Calcutta medical institutions reports 1892-1900
Year: 1892
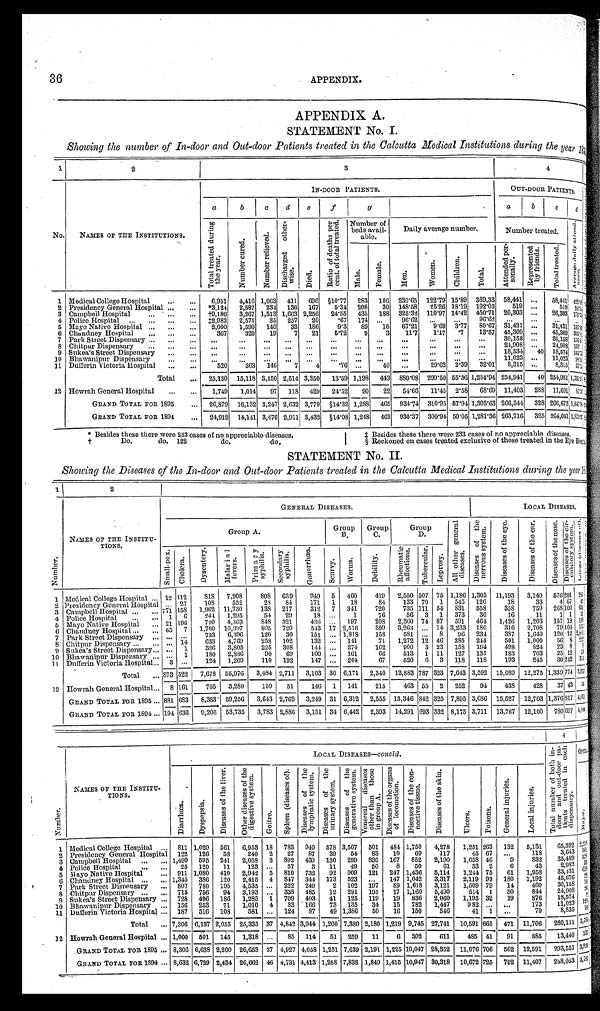
36
APPENDIX.
APPENDIX A.
STATEMENT No. I.
Showing the number of In-door and Out-door Patients treated in the Calcutta Medical Institutions during the year 18<illegible>
1
2
3
4
No.
NAMES OF THE INSTITUTIONS.
IN-DOOR PATIENTS.
OUT-DOOR PATIENTS.
a b
c
d
e
f
g
a b
c
d
T o t a l t r e a t e d d u r i n g t h e y e a r .
N u m b e r c u r e d .
N u m b e r r e l i e v e d .
D i s c h a r g e d o t h e r - w i s e .
D i e d .
R a t i o o f d e a t h s p e r c e n t . o f t o t a l t r e a t e d .
Number of
beds avail-
able.
Daily average number.
Number treated.
A v e r a g e d a i l y a t t e n d - a n c e .
M a l e .
F e m a l e .
M e n .
W o m e n .
C h i l d r e n .
T o t a l .
A t t e n d e d p e r - s o n a l l y .
R e p r e s e n t e d b y f r i e n d s .
T o t a l t r e a t e d .
1 Medical College Hospital . . .
6,951
4,416 1,063
411
696 §10.77
283
166
230.65
122.79 15.89
369.33 58,441
. . . 58,441 421. <i l l egi bl e>
2 Presidency General Hospital . . .
*3,124
2,587
234
136
167
5.34
208
30
148.58
25.26 18.19 192.03
519
. . .
519 26.54
3 Campbell Hospital . . .
†9,186
3,267 1,513 1,663 2,256
24.55
435
188
325.32 110.97 14.42 450.71
26,303
. . . 26,303 171.79
4 Police Hospital . . .
‡2,982
2,575
35
257
20
.67
174
. . .
96.62
. . . . . .
96. 62
. . .
. . .
. . .
. . .
5 Mayo Native Hospital . . .
2,000
1,590
140
33
186
9.3
89
67.21
80.67
16
9.69
3.77
31,431
31,431
. . .
1 9 7 . 8 < i l l e g i b l e >
6 Chandney Hospital . . .
367
320
19
7
21
5.72
9
3
11.7
1.17
.7
13.57
45,309
. . . 45,309 305.81
7 Park Street Dispensary . . .
. . .
. . .
. . .
. . .
. . .
. . .
. . .
. . .
. . .. . .
. . .
30,158
. . . 30,158
1 7 6 . 6
. . .
8 Chitpur Dispensary . . .
24,908
. . . 24,908
. . .
. . .
. . .
. . .
. . . . . .
. . .
. . .
. . .
. . .
. . .
. . . .
159.
9 Sukea's Street Dispensary . . .
. . .
. . .
. . .
. . .
. . .
. . .
. . .
. . .
. . .
. . .
. . .
. . .
18,534
40 18,574 145.73
10 Bhawanipur Dispensary . . .
11,023 . . .
. . . . . .
. . .
. . .
. . .
. . .
. . .
. . .
. . .
. . . . . . . . .
1 1 . 0 2 3
9 8 . < i l l e g i b l e >
11 Dufferin Victoria Hospital . . .
520
363
146
7
4
.76
. . .
40
. . .
29.62 2.39
32.01 8,315
. . .
8 , 3 1 5
5 7 . < i l l e g i b l e >
Total . . .
25,130
15,118 3,150 2,514 3,350
13.59 1,198
443
880.08 299.50 55.36 1,234.94 254,941
40 254,981
1 , 7 6 < i l l e g i b l e >
12 Howrah General Hospital . . .
1,749
1,014
97
118
429
24.52
90
22
54.66
11.45
2.58
68.69 11,403
288 11,691
8 7 . 3 < i l l e g i b l e
GRAND TOTAL FOR 1895 . . .
26,879
16,132 3,247 2,632 3,779
§14.32 1,288
465
934.74
310.95 57.94 1,303.63 266,344
328 266,672
1 , 8 4 7 . 9 4
GRAND TOTAL FOR 1894 . . .
24,912
14,141 3,476 2,911 3,432
§14.08 1,248
462
930.37 300.94 50.05 1,281.36 263,716
325 264,041
1 , 8 7 1 . 3 7
* Besides these there were 233 cases of no appreciable diseases.
† Do. do. 122 do. do.
‡ Besides these there were 233 cases of no appreciable diseases.
§ Reckoned on cases treated exclusive of those treated in the Eye Hospital.
STATEMENT No. II.
Showing the Diseases of the In-door and Out-door Patients treated in the Calcutta, Medical Institutions during the year 18<illegble>
1
2
N u m b e r .
NAMES OF THE INSTITU-
TIONS.
GENERAL DISEASES.
LOCAL DISEASES.
Group A.
Group
B.
Group C.
Group D.
A l l o t h e r g e n e r a l d i s e a s e s .
D i s e a s e s o f t h e n e r v o u s s y s t e m .
D i s e a s e s o f t h e e y e .
D i s e a s e s o f t h e e a r .
D i s e a s e s o f t h e n o s e .
D i s e a s e s o f t h e c i r - c u l a t o r y s y s t e m .
< i l l e g i b l e >
Sma l l - p o x .
C h o l e r a .
D y s e n t e r y .
M a l a r i a l f e v e r s .
P r i m a r y s y p h i l i s .
S e c o n d a r y s y p h i l i s .
G o n o r r h œ a .
S c u r v y .
W o r m s .
D e b i l i t y .
R h e u m a t i c a f f e c t i o n s .
T u b e r c u l a r .
L e p r o s y .
1 Medical College Hospital . . . 12 112
8 1 8 7,908
8 0 8 639
949
5
460
419
2,550 507 75 1,186 1,303 11,193
3,149
576
201 2 8 6
. . .
2 7
108
552
28
84
171
1
18
84
133 70
1
545
126
1 8
33
4 67 42
2 Presidency General Hospital
158
1,962 11,730
138
217
312
7
341
720
735
1 1 1 54 831
558
358
759
268100
6 3 1
771
3 Campbell Hospital . . .
1
6
244
1,295
54
29
18
. . .
1
76
56
3
1
373
30
16
1 1
1 1 51
4 Pol i ce Hospi t al . . .
21 196
790
4,369
848
321
436
. . .
197
208
2,360 74 87
591
464
1,426
1,203
157 19 116
5 Mayo Native Hospital . . .
65
7
1,700 10,997
805
720
543 17 2,516
309
3,263
. . . 14 3,233
186
316
2,708
79 104 155
6 Chandney Hospital . . .
7 Park Street Dispensary. . .
. . .
. . .
733
6,396
120
30
151
. . . 1,818
158
581
. . . 8
96 234
387
1,640
120 12
2 , 0 0 1
. . . 14
633
4,769
258
102
132
. . .
141
71
1,272 12 46 385
244
501
1,000
56 8
2 9 2
8 Chitpur Dispensary . . .
9 Sukea's Street Dispensary . . . . . .
1
386
3,805
225
308
144
. . . 274
162
900
3 23
158
194
498
824
23 8
9
10 Bhawanipur Dispensary . . . . . .
1
180
2,886
90
69
100
. . . 161
66
513
1 11
127
135
183
703
25 12 59
3
. . .
124
1,269
110
192
147
. . .
244
67
520
6
3
118
118
193
245
30 242 315
11 Dufferin Victoria Hospital . . .
Total . . . 873 522
7,678
55,976
3,484 2,711
3,103 30 6,171
2,340
12,883 787 323 7,643 3,592 15,089 12,275 1,339 774
3 , 9 5 7
12 Howrah General Hospital . . .
8
161
705
3,280
159
51
146
1
141
215
463 55
2
252
94
438
428
3 7
43
5 4
GRAND TOTAL FOR 1895 . . . 881 683
8,383
59,256
3,643 2,762
3,249 31 6,312
2,555 13,346 842 325 7,895 3,686 15,527
12,703 1,376 817 4,011
GRAND TOTAL FOR 1894 . . . 194 636
9,206 53,735
3,783 2,886
3,151 34 6,442
2,393
14,291 693 332 8,175 3,711
13,767
12,100
780 697
4 , 0 4 4
N u m b e r
NAMES OF THE INSTITU-
TIONS.
LOCAL DISEASES—c o n c l d .
T o t a l n u m b e r o f b o t h i n - d o o r a n d o u t - d o o r p a t i e n t s t r e a t e d i n e a c h d i s p e n s a r y .
OPE<i l l e gi bl e >
D i a r r h œ a .
D y s p e p s i a .
D i s e a s e s o f t h e l i v e r .
O t h e r d i s e a s e s o f t h e d i g e s t i v e s y s t e m .
G o i t r e .
S p l e e n ( d i s e a s e s o f ) . D i s e a s e s o f t h e l y m p h a t i c s y s t e m .
D i s e a s e s o f t h e u r i n a r y s y s t e m .
D i s e a s e s o f t h e g e n e r a t i v e s y s t e m .
V e n e r e a l d i s e a s e s o t h e r t h a n t h o s e i n g r o u p A .
D i s e a s e s o f t h e o r g a n s o f l o c o m o t i o n .
D i s e a s e s o f t h e c o n n e c t i v e t i s s u e .
D i s e a s e s o f t h e s k i n .
U l c e r s .
P o i s o n s .
G e n e r a l i n j u r i e s .
L o c a l i n j u r i e s .
M a j o r .
1 Medical College Hospital . . .
811 1,029
561
6,953 18
783
949
578 3,507
501
484 1,750
4,278
1,251 263
132
5,131
65,392
2 , 2 1 8
2 Presidency General Hospital
122
126
58
240
2
27
87
39
54
83
10
69
117
45 67
. . .
118
3,643
1 6 1
5 2 8
3 Campbell Hospital . . .
1,499
595
241
2,058
3
892
439
130
299
830
167
852
2,190
1,658 46
9
832
35,489
5 3
4 Police Hospital . . .
25
120
11
123
. . .
57
3
11
49
50
8
50
61
33
2
6
43
2,982
6 2 9
5 Mayo Native Hospital . . .
911 1,080
410
2,942
5
810
732
92
909
121
247 1,436
5,114
1,244 75
61
1,958
33,431
2 2
6 Chaminey Hospital . . .
1,345
386
120
2,415
4
847
344
173
523
. . .
147 1,042
3,317
2,119 99
180
1,192
45,676
1 4
7 Park Street Dispensary . . .
807
780
195
4,535
. . . 222
249
2
102
197
89 1,618
3,121
1,509 79
14
460
30,158
2 6
8 Chitpur Dispensary . . .
715
756
94
3,193
. . . 338
485
12
291
195
17 1,160
5,490
514
1
50
844
24,908
2
9 Sukea's Street Dispensary . . .
728
496
186
1,285
1
709
403
41
125
119
19
836
2,060
1,195 32
19
876
18,574
1 2 0
10 Bhawanipur Dispensary . . .
156
253
71
1,010
4
33
166
73
135
34
15
782
1,447
982
. . .
. . .
173
11,023
1 6
11 Dufferin Victoria Hospital . . . 187
516
108
581
. . . 124
87
49 1,386
50
16
150
546
41
1
. . .
79
8,835
Total . . . 7,306 6,137 2,055 25,335 37 4,842 3,944 1,200 7,380 2,180 1,219 9,745 27,741
10,591 665
471 11,706
280,111
3 , 7 8 9
12 Howrah General Hospital . . . 1,000
5 0 1 145
1,318
. . .
8 5 114
51
259
11
6
302
611
485 41
9 1
885
13,440
1 3 7
GRAND TOTAL FOR 1895 . . . 8,306 6,638 2,200 26,653 37 4,927 4,058 1,251 7,639 2,191 1,225 10,047 28,352
11,076 706
562
12,591
293,551
3 , 9 2 6
GRAND TOTAL FOR 1894. . . 8,632 6,729 2,434 26,662 46 4,731 4,413 1,288 7,838 1,849 1,415 10,947 30,318
10,672 725
792 11,407
288,953
3 , 7 8 7